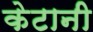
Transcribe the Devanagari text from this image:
केटानी